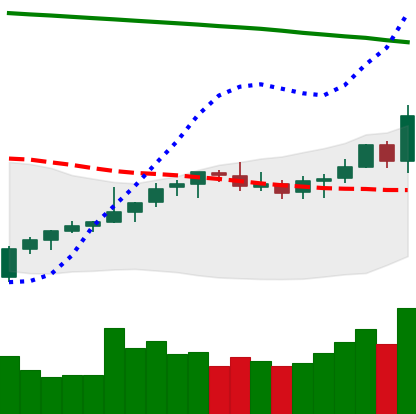
Ticker: LTC-USD
Chart end date: 2021-08-09
Forward return: 9.726%
Label: up_7plus